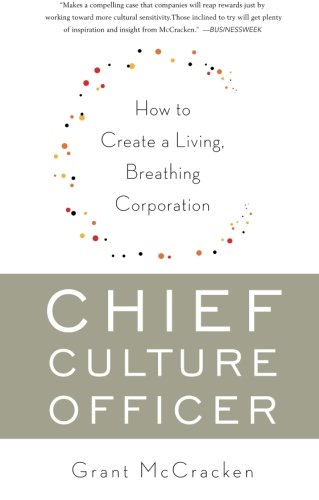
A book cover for Chief Culture Officer: How to Create a Living, Breathing Corporation; Grant McCracken; Business & Money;